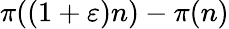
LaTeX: \pi((1+\varepsilon)n)-\pi(n)